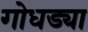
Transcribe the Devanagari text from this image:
गोधड्या